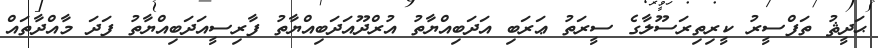
ޙަދީޘު ތަފްސީރު ކީރިތިރަސޫލާގެ ސީރަތު ޢަރަބި އަދަބިއްޔާތު އުރްދޫއަދަބިއްޔާތު ފާރިސީއަދަބިއްޔާތު ފަދަ މާއްދާތައް